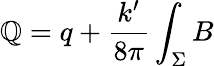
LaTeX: \mathbb{Q}=q+\frac{{k^{\prime}}}{{8\pi}}\int_{\Sigma}B